Annual report on the mental hospital in the Central Provinces and Berar (Nagpur) - 1927-1951
Year: 1927
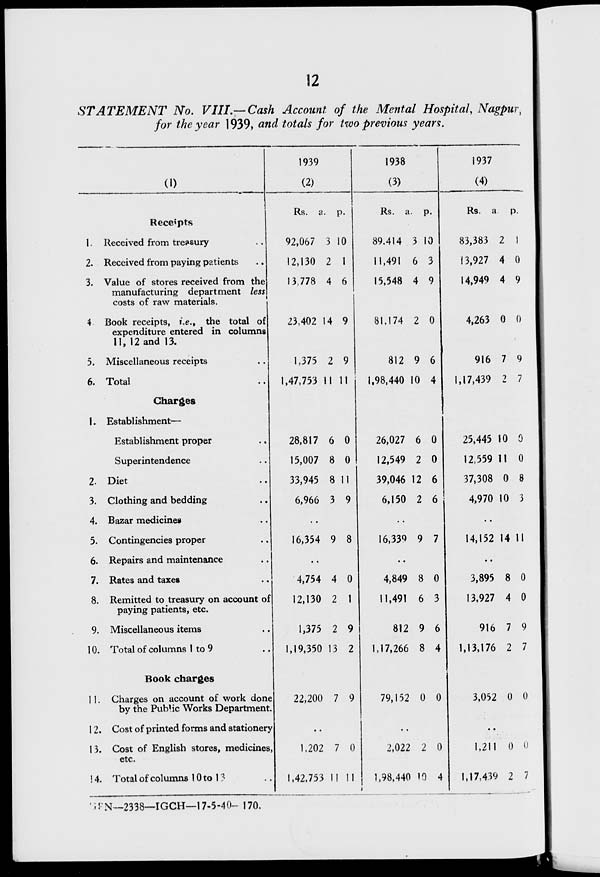
12
STATEMENT
No. VIII.—Cash Account of the Mental Hospital, Nagpur,
for the year 1939, and totals for two previous years.
(1)
Receipts
1. Received from treasury ..
2. Received from paying patients ..
3. Value of stores received from the ..
manufacturing department less
costs of raw materials.
4. Book receipts, i.e., the total of
expenditure entered in columns
11, 12 and 13.
5. Miscellaneous receipts ..
6. Total ..
Charges
1. Establishment—
Establishment proper ..
Superintendence ..
2. Diet ..
3. Clothing and bedding ..
4. Bazar medicines ..
5. Contingencies proper ..
6. Repairs and maintenance ..
7. Rates and taxes ..
8. Remitted to treasury on account of
paying patients, etc.
9. Miscellaneous items ..
10. Total of columns 1 to 9 ..
Book charges
11. Charges on account of work done
by the Public Works Department.
12. Cost of printed forms and stationery
13. Cost of English stores, medicines,
etc.
14. Total of columns 10 to 13 ..
1939
(2)
Rs.
92,067
12,130
13,778
23,402
1,375
1,47,753
28,817
15,007
33,945
6,966
a.
3
2
4
14
2
11
6
8
8
3
p.
10
1
6
9
9
11
0
0
11
9
..
16,354
..
4,754
12,130
1,375
1,19,350
22,200
9
..
4
2
2
13
7
8
..
0
1
9
2
9
..
1,202
1,42,753
7
11
0
11
1938
(3)
Rs.
89,414
11,491
15,548
81,174
812
1,98,440
26,027
12,549
39,046
6,150
a.
3
6
4
2
9
10
6
2
12
2
p.
10
3
9
0
6
4
0
0
6
6
..
16,339 9 7
..
4,849
11,491
812
1,17,266
79,152
8
6
9
8
0
0
3
6
4
0
..
2,022
1,98,440
2
10
0
4
1937
(4)
Rs.
83,383
13,927
14,949
4,263
916
1,17,439
25,445
12,559
37,308
4,970
a.
2
4
4
0
7
?
10
11
0
10
p.
1
0
9
0
9
7
0
0
8
3
..
14,152 14 11
..
3,895
13,927
916
1,13,176
3,052
8
4
7
2
0
0
0
9
7
0
..
1,211
1,17,439
0
2
0
7
GPN—2338—IGCH—17-5-40—170.